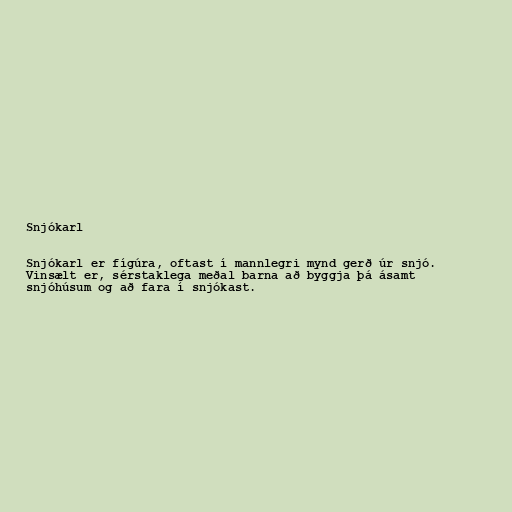
Snjókarl

Snjókarl er fígúra, oftast í mannlegri mynd gerð úr snjó.
Vinsælt er, sérstaklega meðal barna að byggja þá ásamt
snjóhúsum og að fara í snjókast.